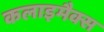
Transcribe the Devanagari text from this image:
कलाइमैक्स